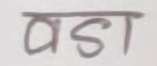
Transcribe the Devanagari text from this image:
बडत